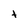
Character: t